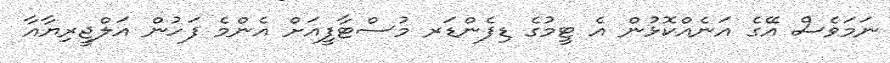
ނަމަވެސް އޭގެ އަނެއްކޮޅުން އެ ޓީމުގެ ޑިފެންޑަރ މުސްޓާފީއަށް އެންމެ ފަހުން އަލްޖީރިޔާއާ